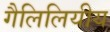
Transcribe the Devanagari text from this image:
गैलिलियीय